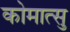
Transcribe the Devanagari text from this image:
कोमात्सु